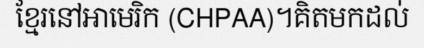
ខ្មែរនៅអាមេរិក (CHPAA)។គិតមកដល់